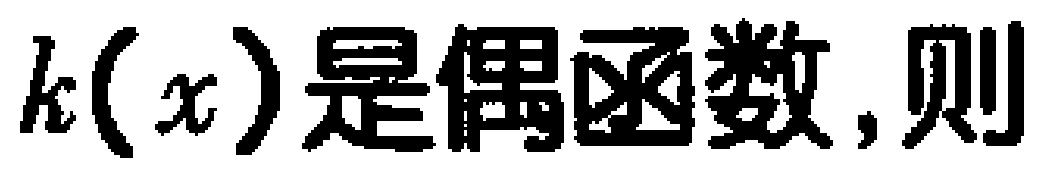
$k(x)是偶函数,则$